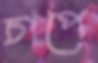
চাপে